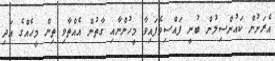
އެރަށުން ކައުންސިލުން ބުނީ ފައްސިވެފައިވާ މީހުންނާއި ގާތުން އެއްތާވި ތިން މީހެއްގެ އަދި